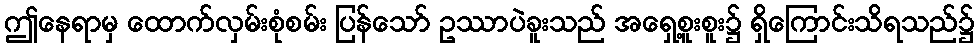
ဤနေရာမှ ထောက်လှမ်းစုံစမ်း ပြန်သော် ဥဿာပဲခူးသည် အရှေ့စူးစူး၌ ရှိကြောင်းသိရသည်၌